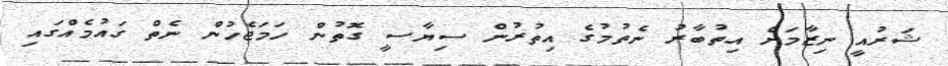
ޝަރުއީ ނިޒާމަށް އިތުބާރު ނެތުމުގެ އިތުރުން ސިޔާސީ ގޮތުން ހަމަޖެހުން ނެތް ގައުމެއްގައި